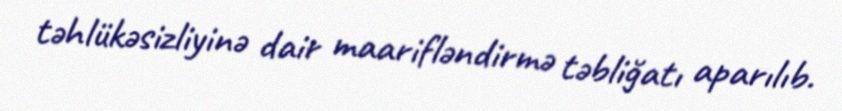
təhlükəsizliyinə dair maarifləndirmə təbliğatı aparılıb.